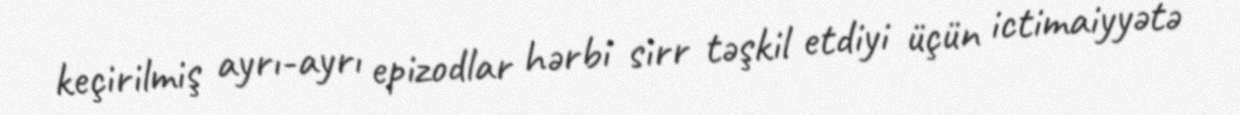
keçirilmiş ayrı-ayrı epizodlar hərbi sirr təşkil etdiyi üçün ictimaiyyətə